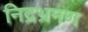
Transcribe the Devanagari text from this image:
निद्रभ्रमण